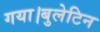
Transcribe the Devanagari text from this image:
गया।बुलेटिन